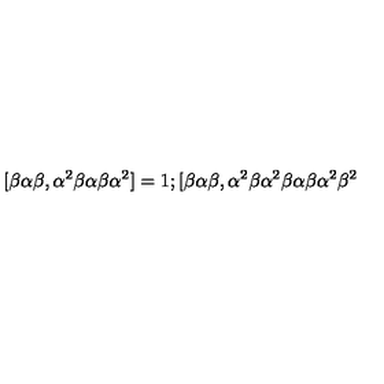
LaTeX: \lbrack \beta \alpha \beta , \alpha ^ { 2 } \beta \alpha \beta \alpha ^ { 2 } ] = 1 ; [ \beta \alpha \beta , \alpha ^ { 2 } \beta \alpha ^ { 2 } \beta \alpha \beta \alpha ^ { 2 } \beta ^ { 2 }